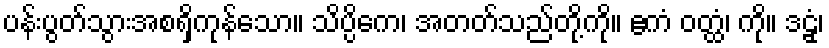
ပန်းပွတ်သွားအစရှိကုန်သော။ သိပ္ပိကေ၊ အတတ်သည်တို့ကို။ ဧကံ ဝတ္ထံ၊ ကို။ ဒဠှံ၊